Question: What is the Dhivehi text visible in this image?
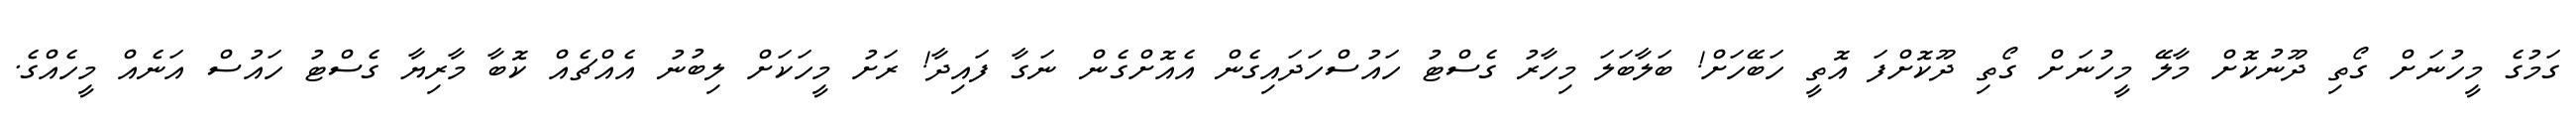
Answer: ގަމުގެ މީހުނަށް ގޯތި ދޫނުކޮށް މާލޭ މީހުނަށް ގޯތި ދޫކޮށްފަ އޮތީ ހަބޭހަށް! ބަލާބަލަ މިހާރު ގެސްޓު ހައުސްހަދައިގެން އެއޮށްގެން ނަގާ ފައިދާ! ރަށު މީހަކަށް ލިބުނު އެއްޗެއް ކޮބާ މާރިޔާ ގެސްޓު ހައުސް އަނެއް މީހެއްގެ.